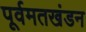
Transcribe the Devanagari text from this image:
पूर्वमतखंडन